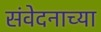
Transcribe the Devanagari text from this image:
संवेदनाच्या